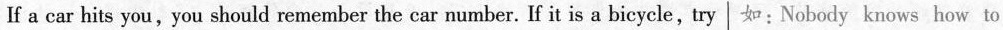
If a car hits you,you should remember the car number. If it is a bicycle,try如：Nobody knows how to